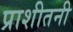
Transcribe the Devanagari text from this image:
प्राशीतनी